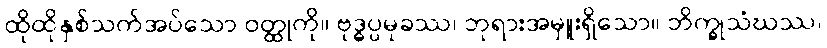
ထိုထိုနှစ်သက်အပ်သော ဝတ္ထုကို။ ဗုဒ္ဓပ္ပမုခဿ၊ ဘုရားအမှူးရှိသော။ ဘိက္ခုသံဃဿ၊